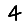
Digit: 4